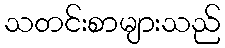
သတင်းစာများသည်